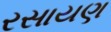
રસાયણ